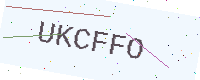
Text: UKCFFO